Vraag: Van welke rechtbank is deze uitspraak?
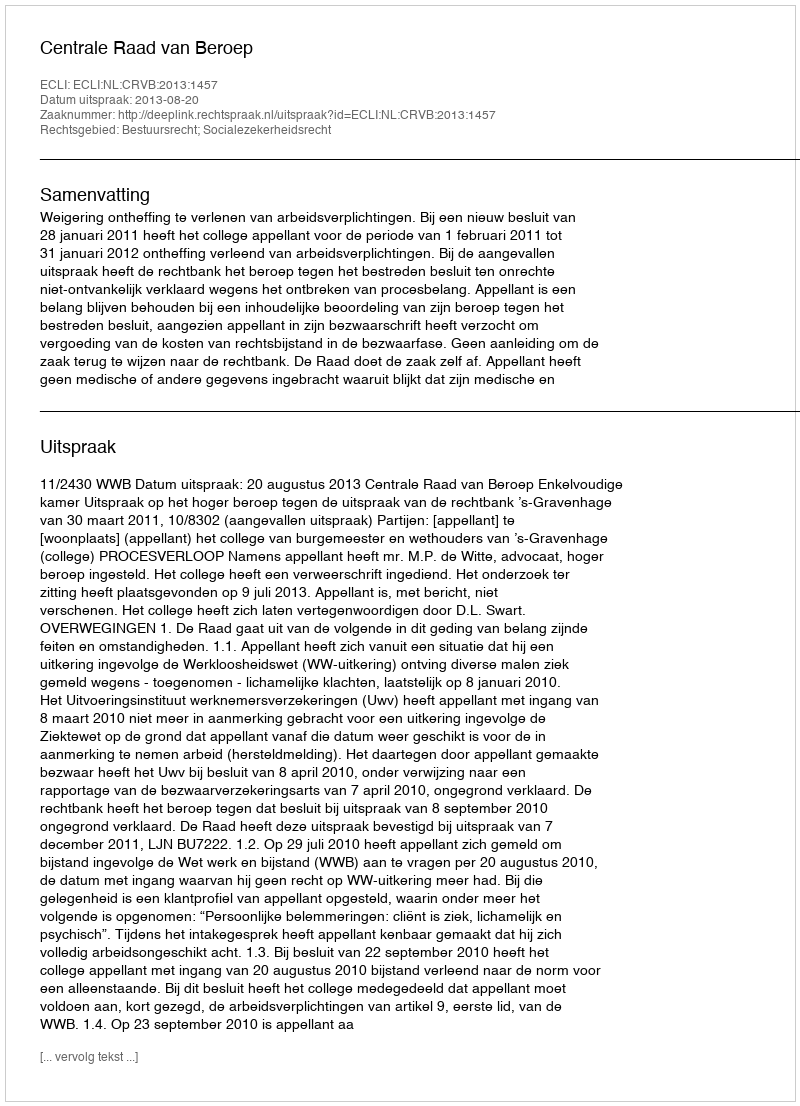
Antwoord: Centrale Raad van Beroep